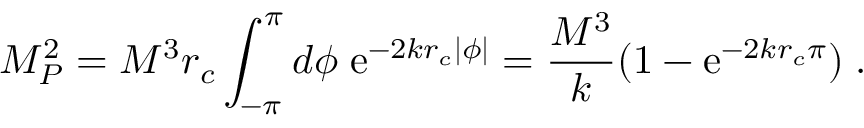
M _ { P } ^ { 2 } = M ^ { 3 } r _ { c } \int _ { - \pi } ^ { \pi } d \phi \; \mathrm { e } ^ { - 2 k r _ { c } | \phi | } = \frac { M ^ { 3 } } { k } ( 1 - \mathrm { e } ^ { - 2 k r _ { c } \pi } ) \; .